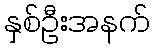
နှစ်ဦးအနက်